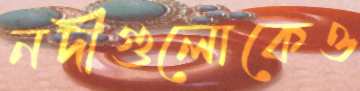
নদীগুলোকেও